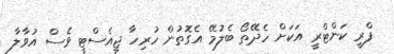
ފްރީ ކަންޓްރީ އަކަށް ހެދޭތޯ ބެލުމޭ އެގޮތުން ހުރިހާ ޖީއެސްޓީ ވެސް އުވާލާ